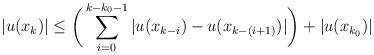
LaTeX: \begin{align*}\vert u(x_k)\vert \leq\bigg(\sum_{i=0}^{k-k_0-1}\vert u(x_{k-i})-u(x_{k-(i+1)})\vert\bigg)+\vert u(x_{k_0})\vert\end{align*}